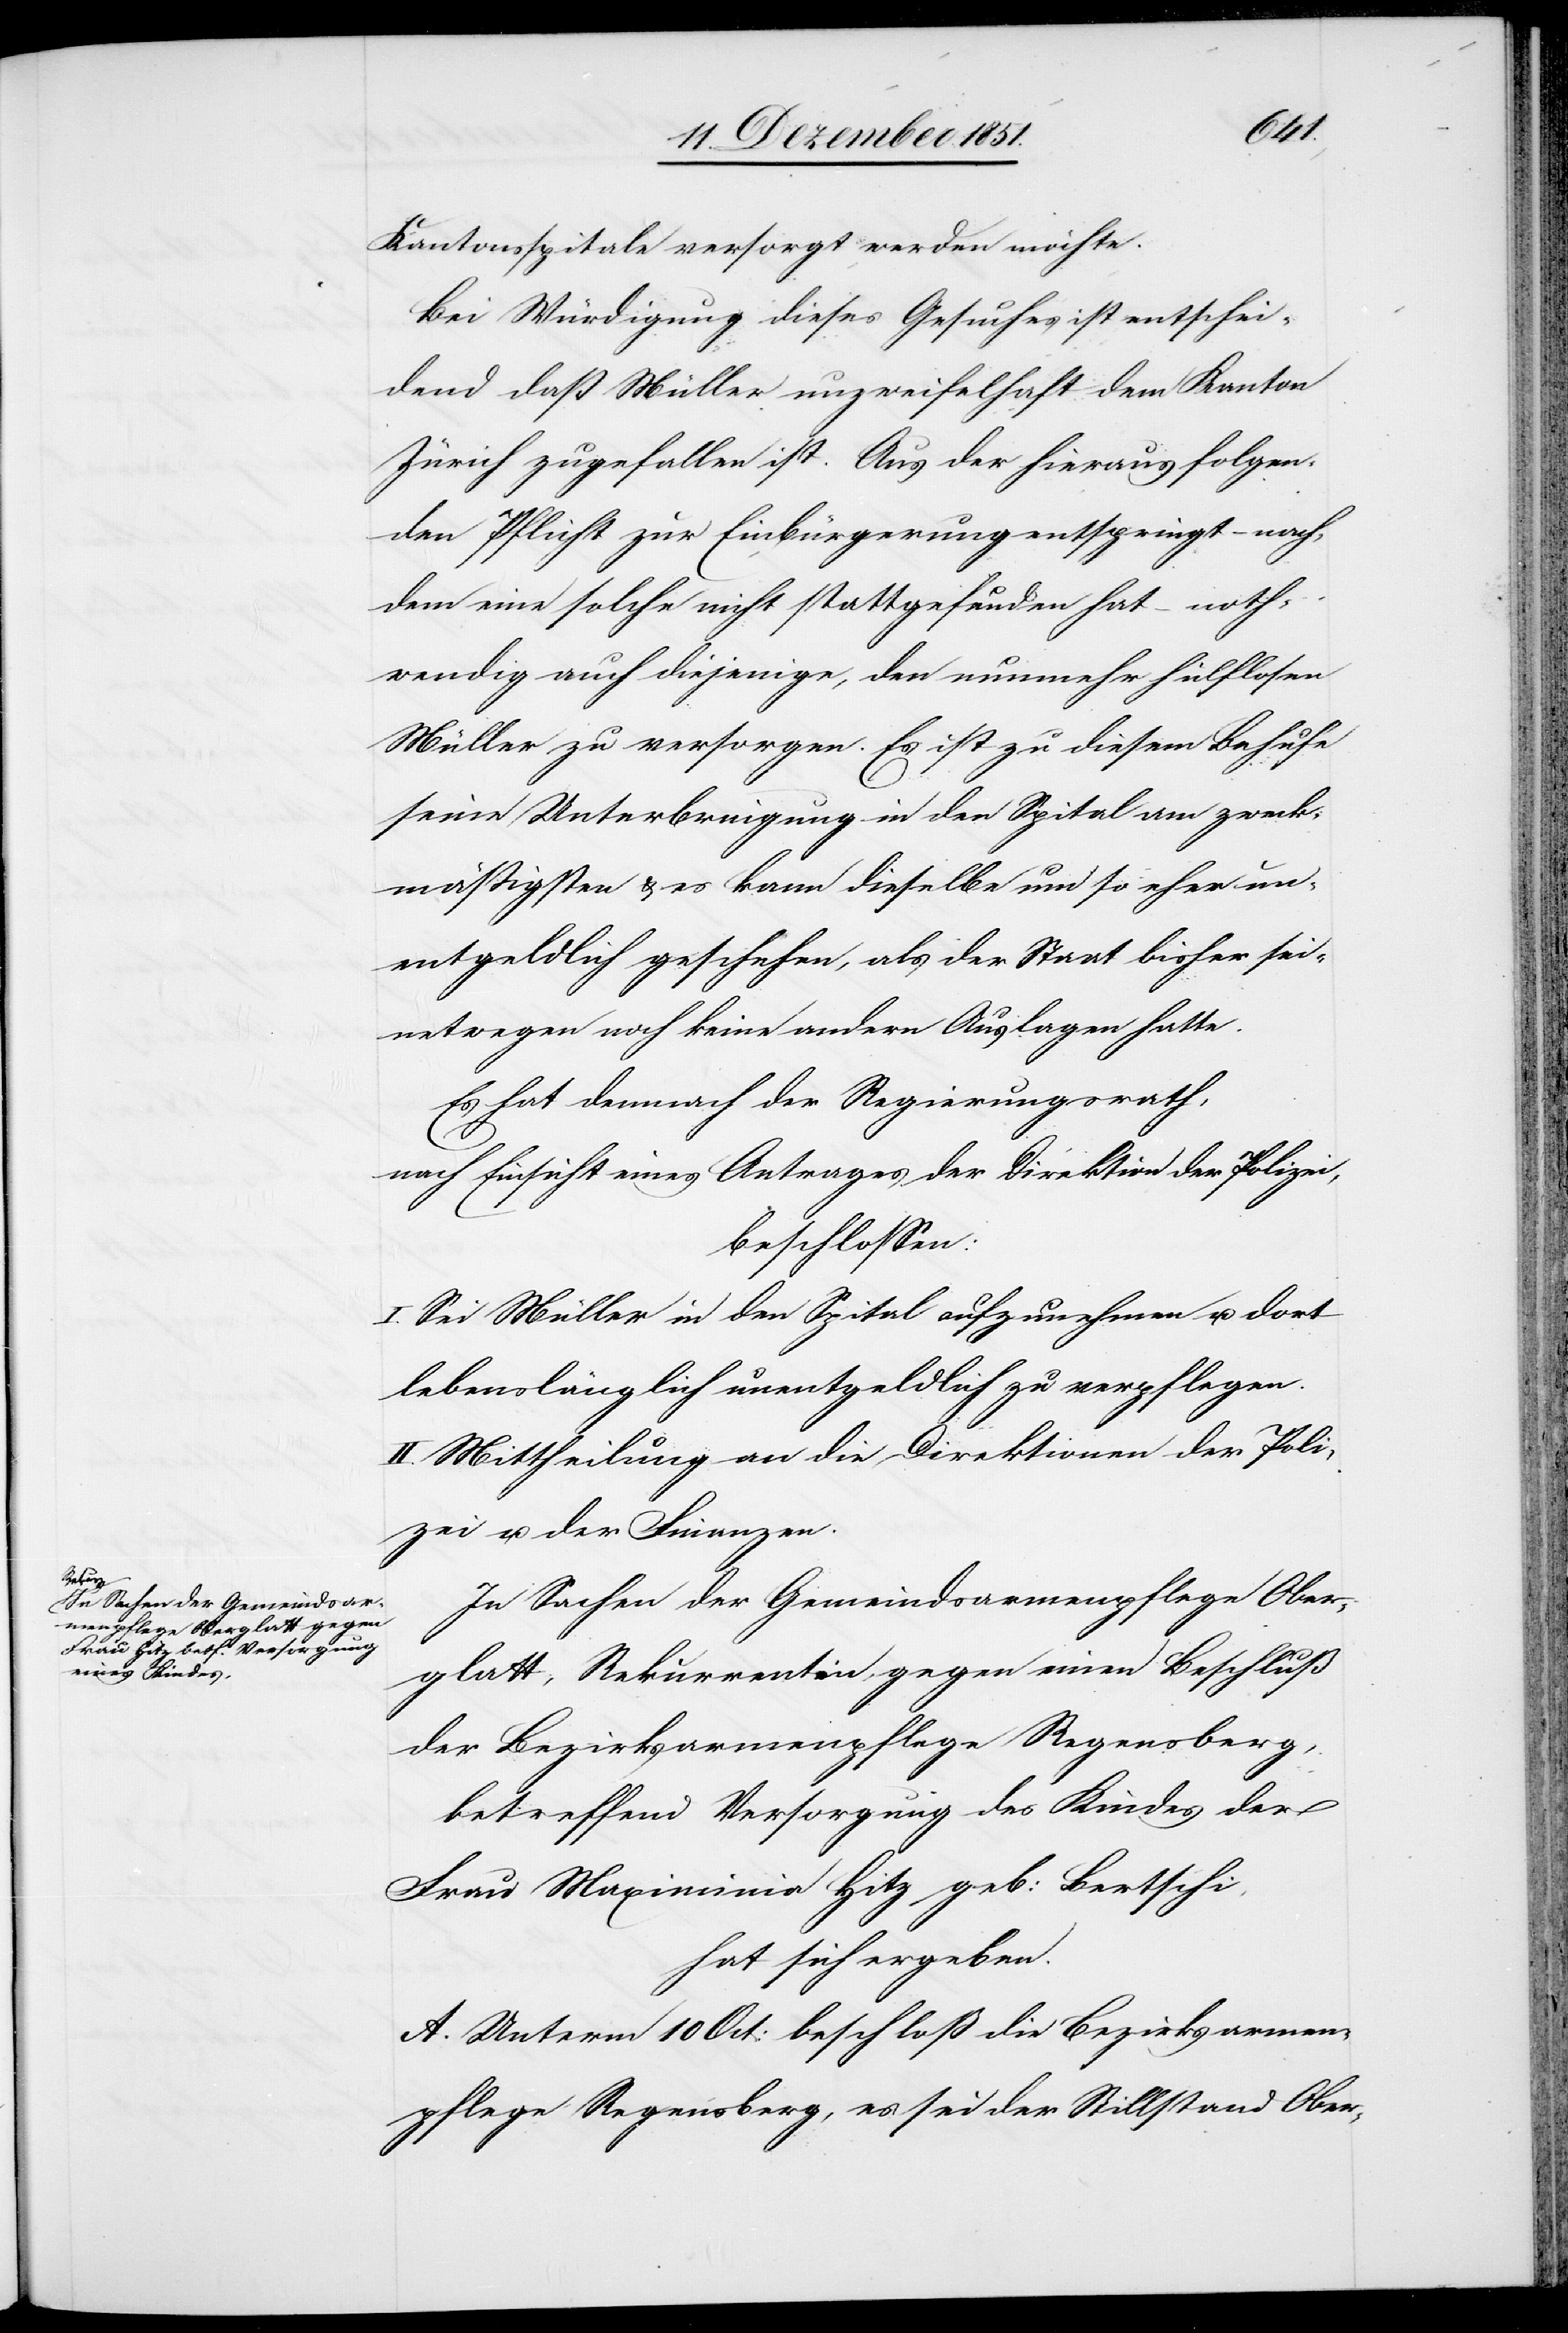
Kantonsspitale versorgt werden möchte.
Bei Würdigung dieses Gesuches ist entschei¬
dend daß Müller unzweifelhaft dem Kanton
Zürich zugefallen ist. Aus der hieraus folgen¬
den Pflicht zur Einbürgerung entspringt – nach¬
dem eine solche nicht stattgefunden hat – noth¬
wendig auch diejenige, den nunmehr hülflosen
Müller zu versorgen. Es ist zu diesem Behufe
seine Unterbringung in den Spital am zweck¬
mäßigsten & es kann dieselbe um so eher un¬
entgeldlich geschehen, als der Staat bisher sei¬
netwegen noch keine andern Auslagen hatte.
Es hat demnach der Regierungsrath,
nach Einsicht eines Antrages der Direktion der Polizei,
beschlossen:
I. Sei Müller in den Spital aufzunehmen u. dort
lebenslänglich unentgeldlich zu verpflegen.
II. Mittheilung an die Direktionen der Poli¬
zei u. der Finanzen.
In Sachen der Gemeindsarmenpflege Ober¬
glatt, Rekurrentin gegen einen Beschluß
der Bezirksarmenpflege Regensberg,
betreffend Versorgung des Kindes der
Frau Maximinia Hitz geb: Bertschi,
hat sich ergeben.
A. Unterm 10 Oct: beschloß die Bezirksarmen¬
pflege Regensberg, es sei der Stillstand Ober-